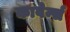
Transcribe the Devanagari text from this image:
कावेर्न्स